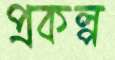
প্রকল্প